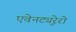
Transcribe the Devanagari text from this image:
एवेनट्युरेरो